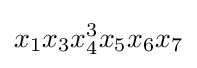
x_{1}x_{3}x_{4}^{3}x_{5}x_{6}x_{7}